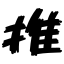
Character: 推